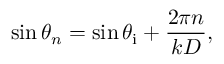
\sin \theta _ { n } = \sin \theta _ { \mathrm { i } } + \frac { 2 \pi n } { k D } ,